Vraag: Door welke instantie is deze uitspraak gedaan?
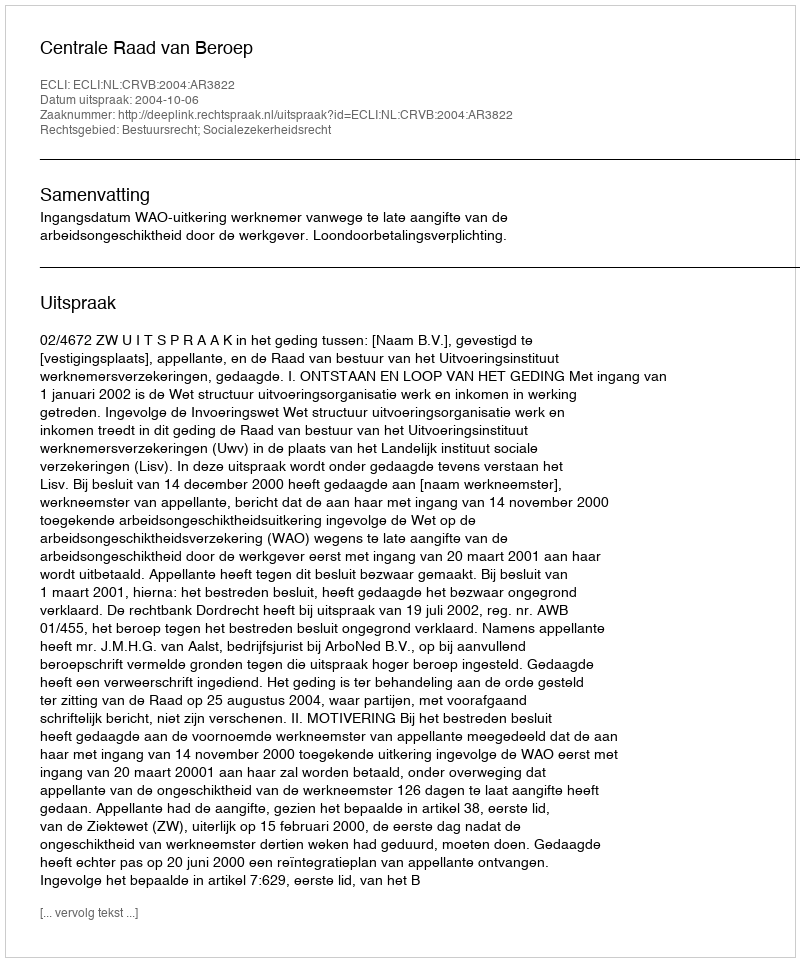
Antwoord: Centrale Raad van Beroep